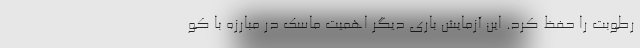
رطوبت را حفظ کرد. این آزمایش باری دیگر اهمیت ماسک در مبارزه با کو